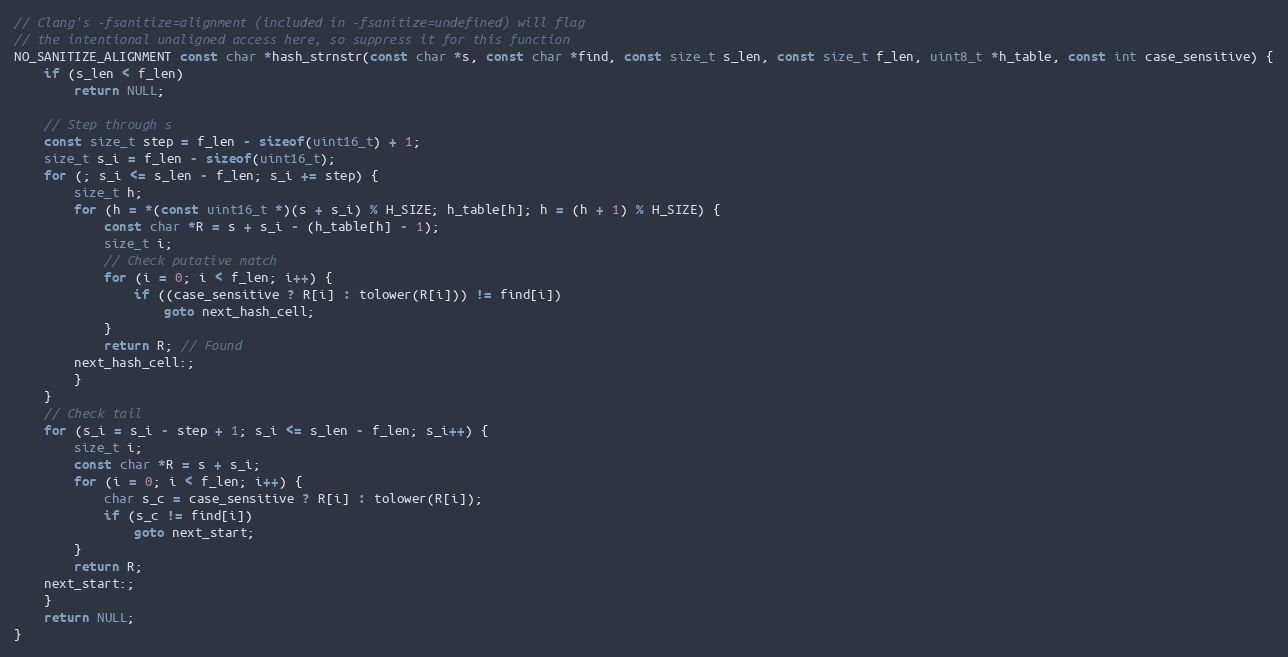
Language: C
// Clang's -fsanitize=alignment (included in -fsanitize=undefined) will flag
// the intentional unaligned access here, so suppress it for this function
NO_SANITIZE_ALIGNMENT const char *hash_strnstr(const char *s, const char *find, const size_t s_len, const size_t f_len, uint8_t *h_table, const int case_sensitive) {
    if (s_len < f_len)
        return NULL;

    // Step through s
    const size_t step = f_len - sizeof(uint16_t) + 1;
    size_t s_i = f_len - sizeof(uint16_t);
    for (; s_i <= s_len - f_len; s_i += step) {
        size_t h;
        for (h = *(const uint16_t *)(s + s_i) % H_SIZE; h_table[h]; h = (h + 1) % H_SIZE) {
            const char *R = s + s_i - (h_table[h] - 1);
            size_t i;
            // Check putative match
            for (i = 0; i < f_len; i++) {
                if ((case_sensitive ? R[i] : tolower(R[i])) != find[i])
                    goto next_hash_cell;
            }
            return R; // Found
        next_hash_cell:;
        }
    }
    // Check tail
    for (s_i = s_i - step + 1; s_i <= s_len - f_len; s_i++) {
        size_t i;
        const char *R = s + s_i;
        for (i = 0; i < f_len; i++) {
            char s_c = case_sensitive ? R[i] : tolower(R[i]);
            if (s_c != find[i])
                goto next_start;
        }
        return R;
    next_start:;
    }
    return NULL;
}